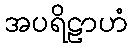
အပရိဠာဟံ